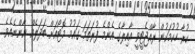
ކުރާ ހުކުމަކުން ރާއްޖެޓީވީ އާއިލާގެ އެންމެ ފުރަތަމަ ގައުމު މޮޓޯއަށް ބަދަލެއް ނާންނެއެވެ.